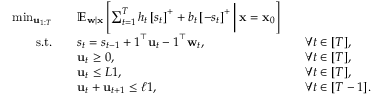
\begin{array} { r l r l } { \operatorname* { m i n } _ { { \bf u } _ { 1 : T } } \quad } & { \mathbb { E } _ { { \bf w } | { \bf x } } \left[ \sum _ { t = 1 } ^ { T } h _ { t } \left[ s _ { t } \right] ^ { + } + b _ { t } \left[ - s _ { t } \right] ^ { + } \bigg \vert \: { \bf x } = { \bf x } _ { 0 } \right] } \\ { \mathrm { s . t . } \quad } & { s _ { t } = s _ { t - 1 } + \boldsymbol { 1 } ^ { \top } { \bf u } _ { t } - \boldsymbol { 1 } ^ { \top } { \bf w } _ { t } , } & & { \forall t \in [ T ] , } \\ & { { \bf u } _ { t } \geq \boldsymbol { 0 } , } & & { \forall t \in [ T ] , } \\ & { { \bf u } _ { t } \leq L \boldsymbol { 1 } , } & & { \forall t \in [ T ] , } \\ & { { \bf u } _ { t } + { \bf u } _ { t + 1 } \leq \ell \boldsymbol { 1 } , } & & { \forall t \in [ T - 1 ] . } \end{array}